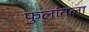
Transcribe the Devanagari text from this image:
फुलांतला